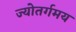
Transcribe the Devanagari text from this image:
ज्योतर्गमय